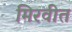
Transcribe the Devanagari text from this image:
मिरवीत